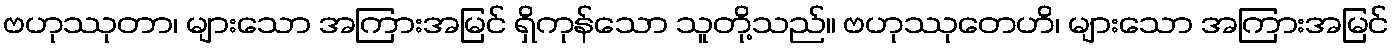
ဗဟုဿုတာ၊ များသော အကြားအမြင် ရှိကုန်သော သူတို့သည်။ ဗဟုဿုတေဟိ၊ များသော အကြားအမြင်